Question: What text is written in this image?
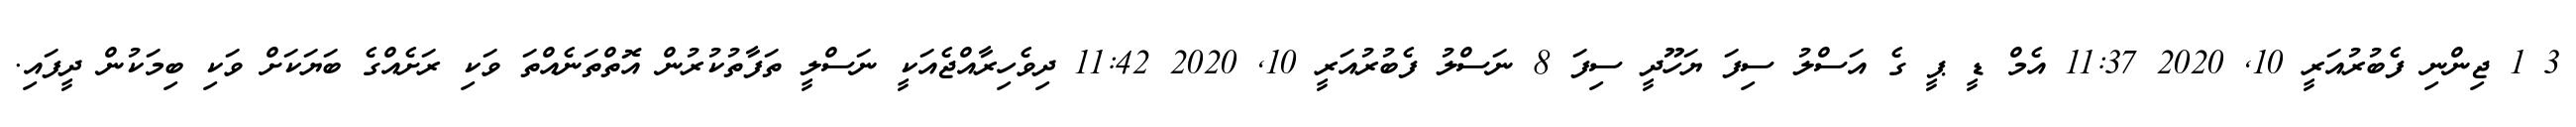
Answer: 3 1 ޖިންނި ފެބުރުއަރީ 10, 2020 11:37 އެމް ޑީ ޕީ ގެ އަސްލު ސިފަ ޔަހޫދީ ސިފަ 8 ނަސްލު ފެބުރުއަރީ 10, 2020 11:42 ދިވެހިރާއްޖެއަކީ ނަސްލީ ތަފާތުކުރުން އޮތްތަނެއްތަ ވަކި ރަށެއްގެ ބަޔަކަށް ވަކި ބިމަކުން ދީފައި.